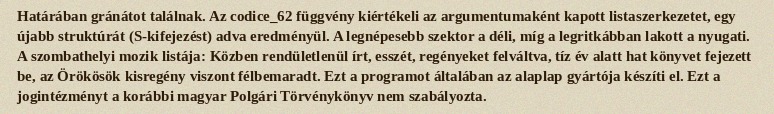
Határában gránátot találnak. Az codice_62 függvény kiértékeli az argumentumaként kapott listaszerkezetet, egy újabb struktúrát (S-kifejezést) adva eredményül. A legnépesebb szektor a déli, míg a legritkábban lakott a nyugati. A szombathelyi mozik listája: Közben rendületlenül írt, esszét, regényeket felváltva, tíz év alatt hat könyvet fejezett be, az Örökösök kisregény viszont félbemaradt. Ezt a programot általában az alaplap gyártója készíti el. Ezt a jogintézményt a korábbi magyar Polgári Törvénykönyv nem szabályozta.